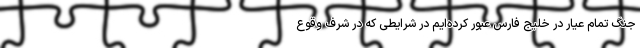
جنگ تمام عیار در خلیج فارس عبور کرده‌ایم در شرایطی که در شرف وقوع